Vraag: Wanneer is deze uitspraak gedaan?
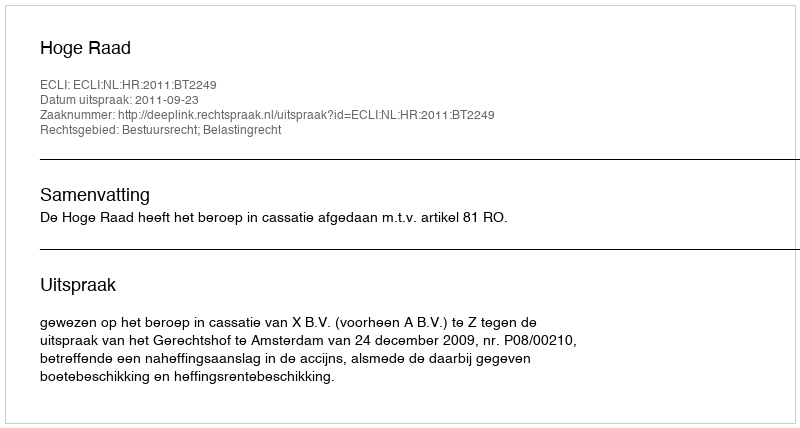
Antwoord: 2011-09-23